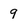
Character: 9